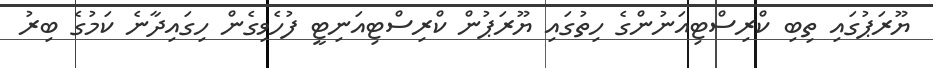
ޔޫރަޕުގައި ތިބި ކްރިސްޓިއަނުންގެ ހިތުގައި ޔޫރަޕުން ކްރިސްޓިއަނިޓީ ފުހެވިގެން ހިގައިދާނެ ކަމުގެ ބިރު